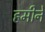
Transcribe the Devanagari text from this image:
हमीने